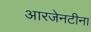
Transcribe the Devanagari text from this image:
आरजेनटीना